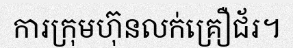
ការក្រុមហ៊ុនលក់គ្រឿជ័រ។